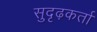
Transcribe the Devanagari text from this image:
सुदृढ़कर्ता